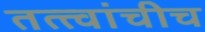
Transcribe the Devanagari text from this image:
तत्त्वांचीच